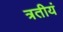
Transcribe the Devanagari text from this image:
त्रतीयं